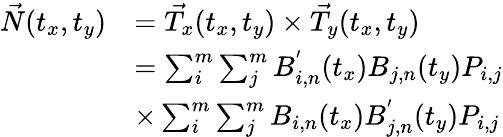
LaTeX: \begin{array}{rl}{\vec{N}(t_{x},t_{y})}&{=\vec{T_{x}}(t_{x},t_{y})\times\vec{T_{y}}(t_{x},t_{y})}\\ &{=\sum_{i}^{m}{\sum_{j}^{m}{B_{i,n}^{'}(t_{x})B_{j,n}(t_{y})P_{i,j}}}}\\ &{\times\sum_{i}^{m}{\sum_{j}^{m}{B_{i,n}(t_{x})B_{j,n}^{'}(t_{y})P_{i,j}}}}\end{array}